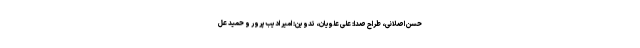
حسن اصلانی، طراح صدا: علی علویان، تدوین: امیر ادیب‌پرور و حمید عل